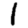
Digit: 1